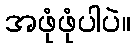
အဖုံဖုံပါပဲ။